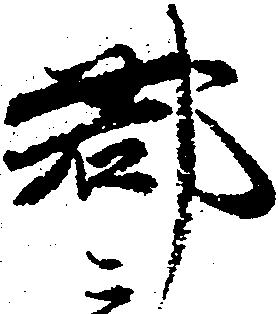
郡